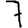
Digit: 7